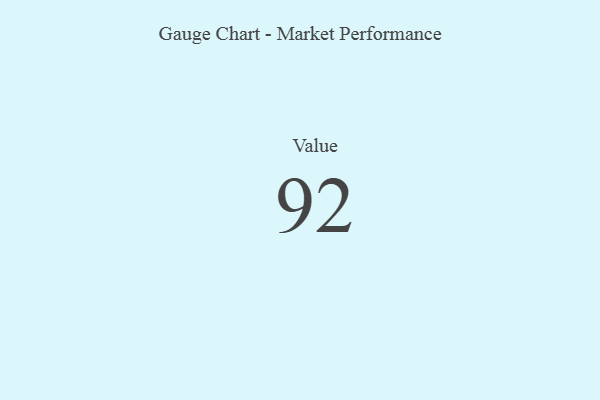
{"axis": {"x": "Metric", "y": "Value"}, "legend": [""], "data": [{"x": "Value", "y": 92, "type": ""}]}